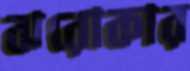
ঝরোকার